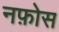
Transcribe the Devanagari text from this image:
नफ़ोस